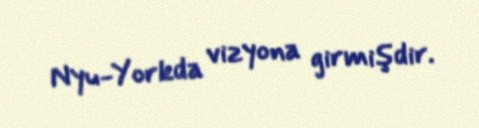
Nyu-Yorkda vizyona girmişdir.